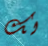
لك